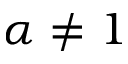
\alpha \neq 1